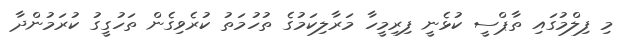
މި ފިލްމުގައި ތާޕްސީ ކުޅެނީ ފިރިމީހާ މަރާލިކަމުގެ ތުހުމަތު ކުރެވިގެން ތަހުގީގު ކުރަމުންދާ